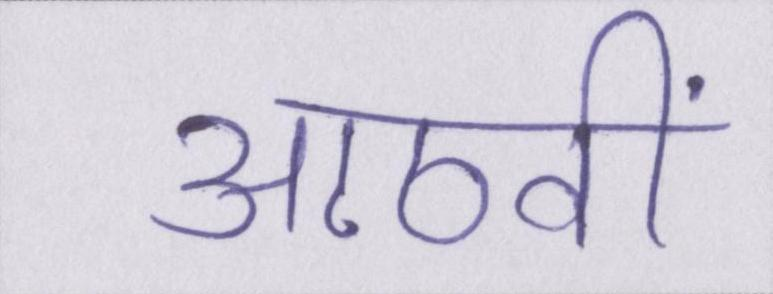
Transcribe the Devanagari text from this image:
आठवीं